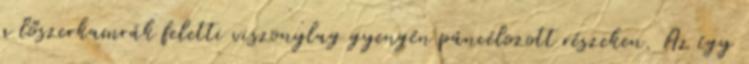
a lőszerkamrák feletti viszonylag gyengén páncélozott részeken. Az így